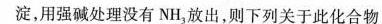
用强碱处理没有NH_{3}，放出，则下列关于此化合物